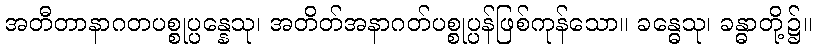
အတီတာနာဂတပစ္စုပ္ပန္နေသု၊ အတိတ်အနာဂတ်ပစ္စုပ္ပန်ဖြစ်ကုန်သော။ ခန္ဓေသု၊ ခန္ဓာတို့၌။